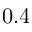
0 . 4